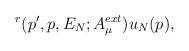
LaTeX: \begin{align*}^{r}(p^{\prime },p,E_{N};A_{\mu }^{ext})u_{N}(p),\end{align*}